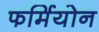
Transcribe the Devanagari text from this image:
फर्मियोन